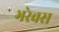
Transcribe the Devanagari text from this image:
भरेवस